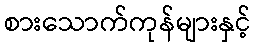
စားသောက်ကုန်များနှင့်